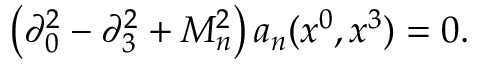
\left( \partial _ { 0 } ^ { 2 } - \partial _ { 3 } ^ { 2 } + M _ { n } ^ { 2 } \right) a _ { n } ( x ^ { 0 } , x ^ { 3 } ) = 0 .